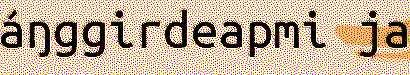
áŋggirdeapmi ja